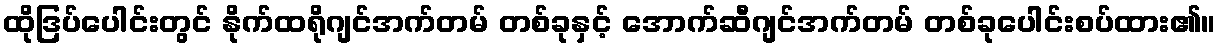
ထိုဒြပ်ပေါင်းတွင် နိုက်ထရိုဂျင်အက်တမ် တစ်ခုနှင့် အောက်ဆီဂျင်အက်တမ် တစ်ခုပေါင်းစပ်ထား၏။